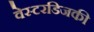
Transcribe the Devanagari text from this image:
वेस्टरडिजकी